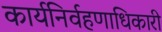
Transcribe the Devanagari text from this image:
कार्यनिर्वहणाधिकारी